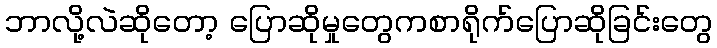
ဘာလို့လဲဆိုတော့ ပြောဆိုမှုတွေကစာရိုက်ပြောဆိုခြင်းတွေ